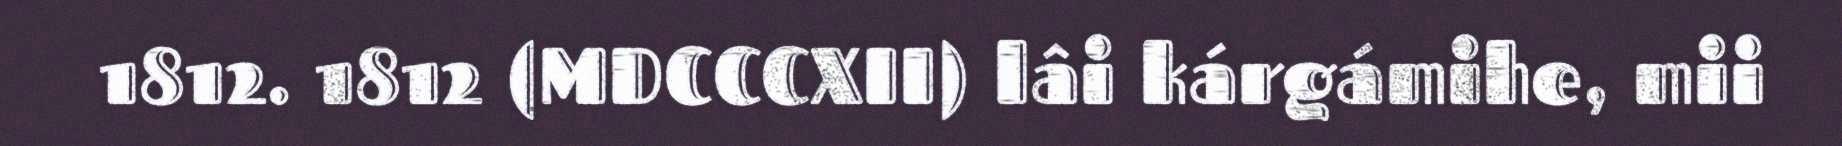
1812. 1812 (MDCCCXII) lâi kárgámihe, mii